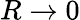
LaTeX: R\to 0